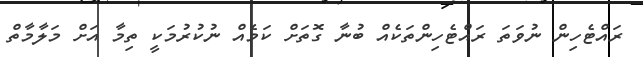
ރައްޓެހިން ނުވަތަ ރައްޓެހިންތަކެއް ބުނާ ގޮތަށް ކަމެއް ނުކުރުމަކީ ތިމާ އަށް މަލާމާތް